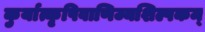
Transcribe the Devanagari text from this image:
कुर्यात्कृषिवाणिज्यशिल्पकम्